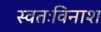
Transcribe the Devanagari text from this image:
स्वतःविनाश